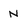
Character: N